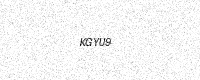
Text: KGYU9